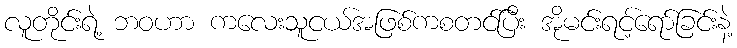
လူတိုင်းရဲ့ ဘဝဟာ ကလေးသူငယ်အဖြစ်ကစတင်ပြီး အိုမင်းရင့်ရော်ခြင်းနဲ့